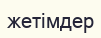
жетімдер